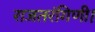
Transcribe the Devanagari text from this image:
राजतरंगिणी।